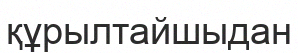
құрылтайшыдан